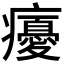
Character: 𭼵